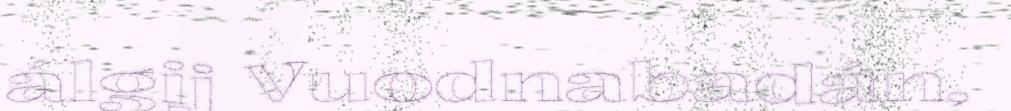
álgij Vuodnabadán,